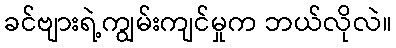
ခင်ဗျားရဲ့ကျွမ်းကျင်မှုက ဘယ်လိုလဲ။